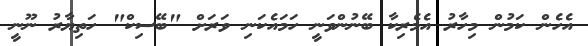
އެހެން ކަމުން މިހާރު އެމެރިކާ ބޭނުންވަނީ ހަމައެކަނި ވަރަށް "ބޭސިކް" ހަތިޔާރު ނޫނީ